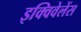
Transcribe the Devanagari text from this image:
इक्विवेलेंस